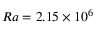
R a = 2 . 1 5 \times 1 0 ^ { 6 }